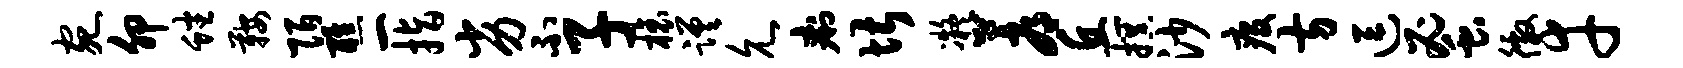
宛卯蟠鞍陌醮一指劣不子榱蹉允痢堪凝蓐丘撰沙疫方逗蜜徼幸